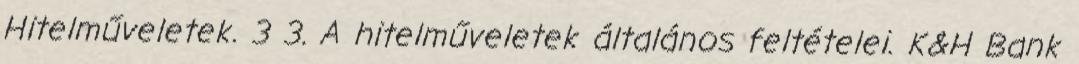
Hitelműveletek. 3 3. A hitelműveletek általános feltételei. K&H Bank